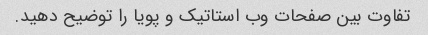
تفاوت بین صفحات وب استاتیک و پویا را توضیح دهید.